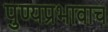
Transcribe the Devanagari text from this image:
पुण्यप्रभावाच